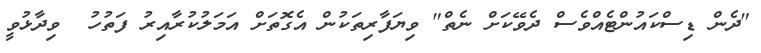
"ދެން ޑިސްކައުންޓެއްވެސް ދެވޭކަށް ނެތް" ވިޔަފާރިތަކުން އެގޮތަށް އަމަލުކުރާއިރު ފަތުހު  ވިދާޅުވީ